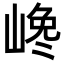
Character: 𡺎